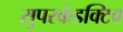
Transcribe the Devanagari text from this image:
सुपरकंडक्टिव